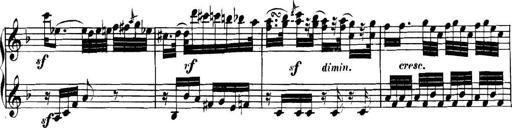
Title: Collected Piano Sonatas
Composer: Muzio Clementi